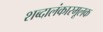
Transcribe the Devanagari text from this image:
शब्दालंकारमूलक